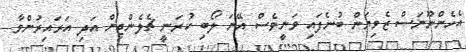
އެހެންނޫނަސް ޒެވިޔަން ބުނެފައި ވަނީވެސް އޭނަ ލޯބި ކުރަނީ ޗެލެންޖިން އަދި އަރައިރުންވާ